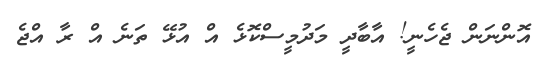
އޮންނަން ޖެހެނީ! އާބާދީ މަދުމީސްކޮޅެ އް އުޅޭ ތަނެ އް ރާ އްޖެ